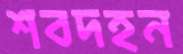
শবদহন